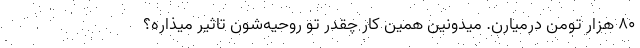
۸۰ هزار تومن درمیارن. میدونین همین کار چقدر تو روحیه‌شون تاثیر میذاره؟